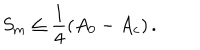
LaTeX: S _ { \mathrm { m } } \leq \frac { 1 } { 4 } \left( A _ { 0 } - A _ { \mathrm { c } } \right) .